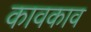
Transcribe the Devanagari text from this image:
कावकाव